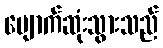
ပျောက်ဆုံးသွားသည်